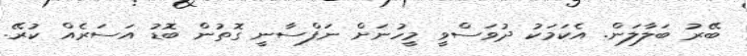
ބޭރު ބަލާލަން. އެކަމަކު ދުވަސްވީ މީހުނަށް ނަފްސާނީ ގޮތުން ބޮޑު އަސަރެއް ކުރޭ.